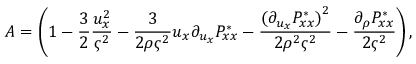
A = \left( 1 - \frac { 3 } { 2 } \frac { u _ { x } ^ { 2 } } { \varsigma ^ { 2 } } - \frac { 3 } { 2 \rho \varsigma ^ { 2 } } u _ { x } \partial _ { u _ { x } } P _ { x x } ^ { * } - \frac { { ( \partial _ { u _ { x } } P _ { x x } ^ { * } ) } ^ { 2 } } { 2 \rho ^ { 2 } \varsigma ^ { 2 } } - \frac { \partial _ { \rho } P _ { x x } ^ { * } } { 2 \varsigma ^ { 2 } } \right) ,